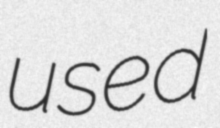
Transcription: used